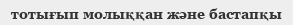
тотығып молыққан және бастапқы